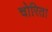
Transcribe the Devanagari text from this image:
चोरिता